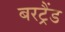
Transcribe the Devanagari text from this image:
बरट्रैंड